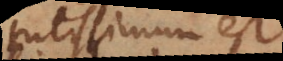
tutissimum est